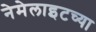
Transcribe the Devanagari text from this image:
नेमेलाइटच्या